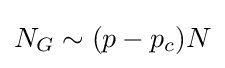
{N_{G}\sim (p-p_{c})N}